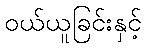
ဝယ်ယူခြင်းနှင့်